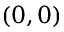
\left( 0 , 0 \right)